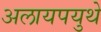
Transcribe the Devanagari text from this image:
अलायपयुथे